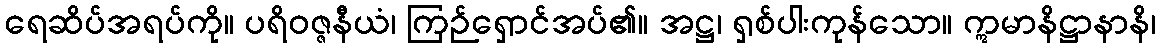
ရေဆိပ်အရပ်ကို။ ပရိဝဇ္ဇနီယံ၊ ကြဉ်ရှောင်အပ်၏။ အဋ္ဌ၊ ရှစ်ပါးကုန်သော။ ဣမာနိဋ္ဌာနာနိ၊